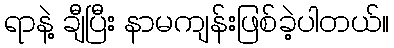
ရာနဲ့ ချီပြီး နာမကျန်းဖြစ်ခဲ့ပါတယ်။